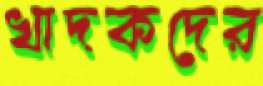
খাদকদের